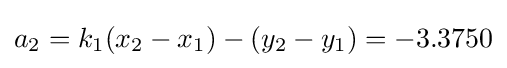
a_{2}=k_{1}(x_{2}-x_{1})-(y_{2}-y_{1})=-3.3750